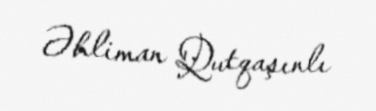
Əhliman Qutqaşınlı